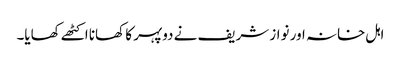
اہل خانہ اور نواز شریف نے دوپہر کا کھانا اکٹھے کھایا۔